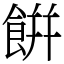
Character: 餠